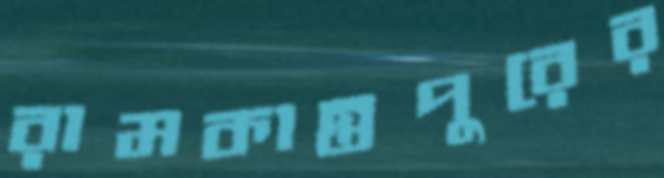
রামকান্তপুরের